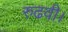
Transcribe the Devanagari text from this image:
रुढवी।